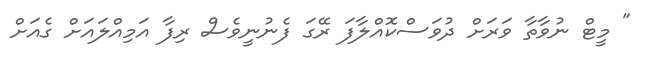
" މީޓް ނުވާތާ ވަރަށް ދުވަސްކޮއްލާފަ ރޭގަ ފެނުނީވެސް ރިފާ އަމިއްލައަށް ގެއަށް